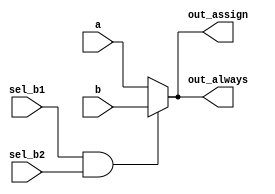
// synthesis verilog_input_version verilog_2001
module top_module(
    input a,
    input b,
    input sel_b1,
    input sel_b2,
    output wire out_assign,
    output reg out_always   ); 
    
    // Teh procedural version
    always @(*) begin
        if(sel_b1 == 1'b1 && sel_b2 == 1'b1) begin 
            out_always = b;
        end
        else begin
            out_always = a;
        end
    end 
    
    // Top G version
    assign out_assign = (sel_b1 == 1'b1 && sel_b2 == 1'b1) ? b : a;

endmodule